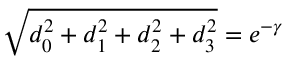
\sqrt { d _ { 0 } ^ { 2 } + d _ { 1 } ^ { 2 } + d _ { 2 } ^ { 2 } + d _ { 3 } ^ { 2 } } = e ^ { - \gamma }